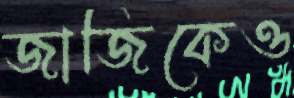
জাজিকেও